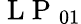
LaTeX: \mathrm{~L~P~}_{01}